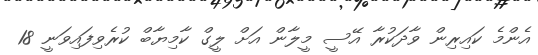
އެންމެ ކައިރިން ވާދަކުރާ އޭސީ މީލާން އަށް ލީގް ކާމިޔާބް ކުރެވިފައިވަނީ 18